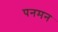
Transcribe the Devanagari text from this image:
पनमन